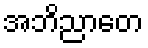
အဘိညာတေ